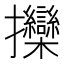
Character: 𱡖